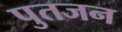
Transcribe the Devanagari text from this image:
पुतजन